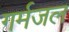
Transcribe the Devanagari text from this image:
गर्मजल